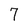
Character: 7